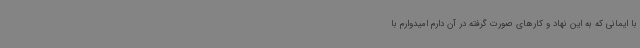
با ایمانی که به این نهاد و کارهای صورت گرفته در آن دارم امیدوارم با